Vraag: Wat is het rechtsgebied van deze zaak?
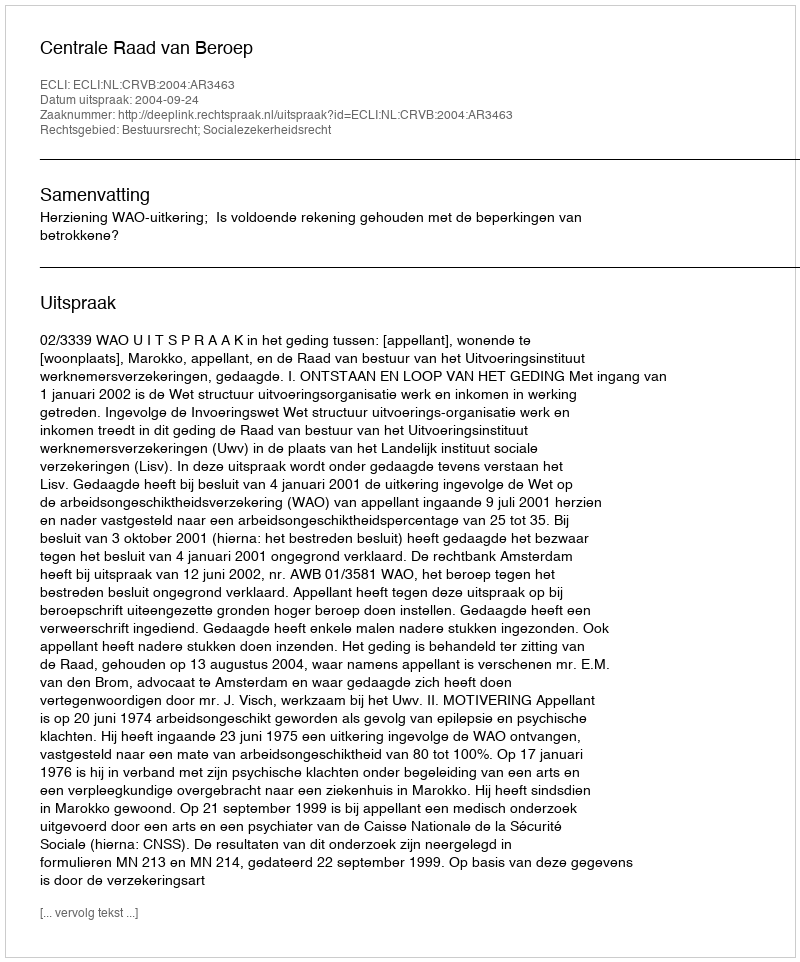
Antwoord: Bestuursrecht; Socialezekerheidsrecht